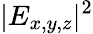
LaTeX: |E_{x,y,z}|^{2}